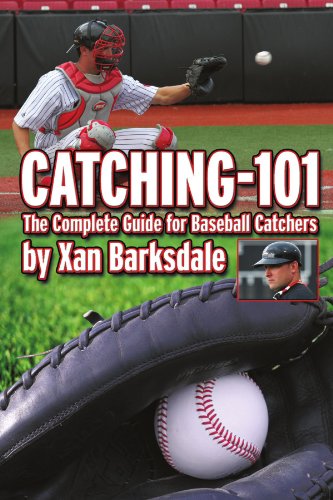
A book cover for Catching-101: The Complete Guide For Baseball Catchers; Xan Barksdale; Sports & Outdoors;